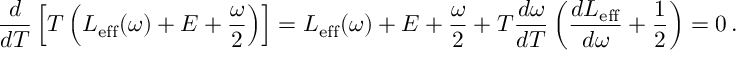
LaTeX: \frac { d } { d T } \left[ T \left( L _ { \mathrm { e f f } } ( \omega ) + E + \frac { \omega } { 2 } \right) \right] = L _ { \mathrm { e f f } } ( \omega ) + E + \frac { \omega } { 2 } + T \frac { d \omega } { d T } \left( \frac { d L _ { \mathrm { e f f } } } { d \omega } + \frac { 1 } { 2 } \right) = 0 \, .